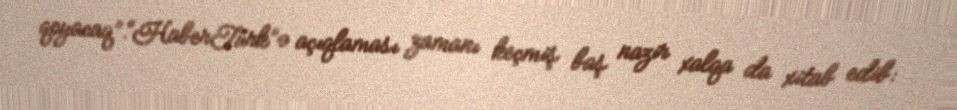
qoyacaq”.“HaberTürk”ə açıqlaması zamanı keçmiş baş nazir xalqa da xitab edib: